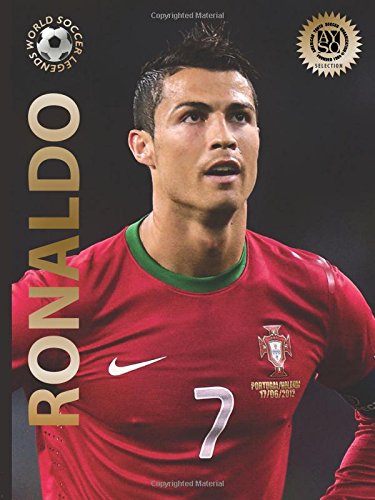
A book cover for Ronaldo (World Soccer Legends); Illugi JÃ¶kulsson; Children's Books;